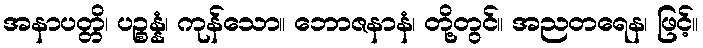
အနာပတ္တိ၊ ပဉ္စန္နံ၊ ကုန်သော။ ဘောဇနာနံ၊ တို့တွင်။ အညတရေန၊ ဖြင့်။